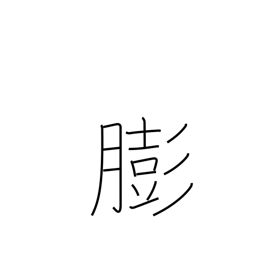
Meaning: get fat